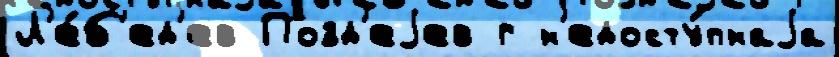
Л'е́б'ед'ев Позд'еjев г н'едосту́пнаjа